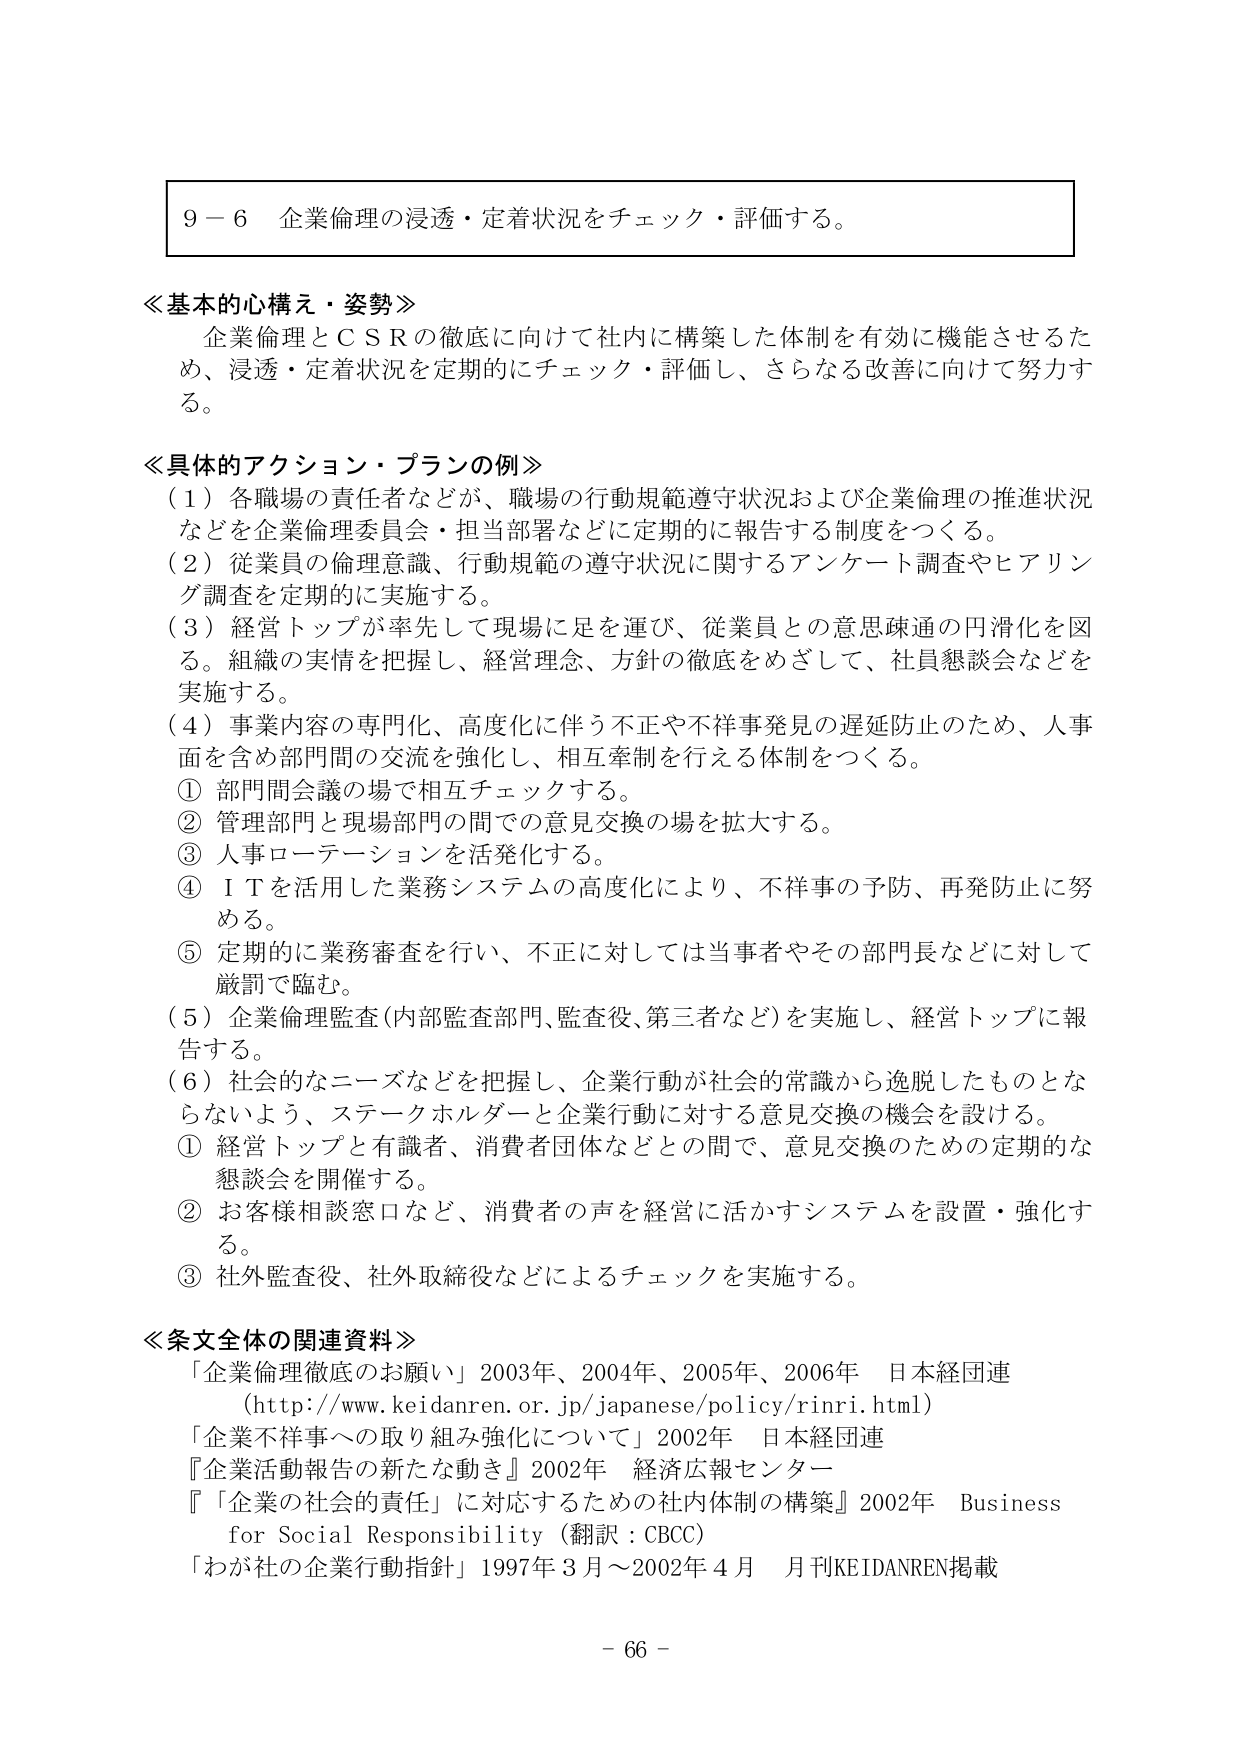
９－６ 企業倫理の浸透・定着状況をチェック・評価する。

≪基本的心構え・姿勢≫
企業倫理とＣＳＲの徹底に向けて社内に構築した体制を有効に機能させるため、浸透・定着状況を定期的にチェック・評価し、さらなる改善に向けて努力する。

≪具体的アクション・プランの例≫
（１）各職場の責任者などが、職場の行動規範遵守状況および企業倫理の推進状況などを企業倫理委員会・担当部署などに定期的に報告する制度をつくる。
（２）従業員の倫理意識、行動規範の遵守状況に関するアンケート調査やヒアリング調査を定期的に実施する。
（３）経営トップが率先して現場に足を運び、従業員との意思疎通の円滑化を図る。組織の実情を把握し、経営理念、方針の徹底をめざして、社員懇談会などを実施する。
（４）事業内容の専門化、高度化に伴う不正や不祥事発見の遅延防止のため、人事面を含め部門間の交流を強化し、相互牽制を行える体制をつくる。
　① 部門間会議の場で相互チェックする。
　② 管理部門と現場部門の間での意見交換の場を拡大する。
　③ 人事ローテーションを活発化する。
　④ ＩＴを活用した業務システムの高度化により、不祥事の予防、再発防止に努める。
　⑤ 定期的に業務審査を行い、不正に対しては当事者やその部門長などに対して厳罰で臨む。
（５）企業倫理監査（内部監査部門、監査役、第三者など）を実施し、経営トップに報告する。
（６）社会的なニーズなどを把握し、企業行動が社会的常識から逸脱したものとならないよう、ステークホルダーと企業行動に対する意見交換の機会を設ける。
　① 経営トップと有識者、消費者団体などとの間で、意見交換のための定期的な懇談会を開催する。
　② お客様相談窓口など、消費者の声を経営に活かすシステムを設置・強化する。
　③ 社外監査役、社外取締役などによるチェックを実施する。

≪条文全体の関連資料≫
「企業倫理徹底のお願い」2003年、2004年、2005年、2006年 日本経団連
（http://www.keidanren.or.jp/japanese/policy/rinri.html）
「企業不祥事への取り組み強化について」2002年 日本経団連
『企業活動報告の新たな動き』2002年 経済広報センター
『「企業の社会的責任」に対応するための社内体制の構築』2002年 Business for Social Responsibility（翻訳：CBCC）
「わが社の企業行動指針」1997年３月～2002年４月 月刊KEIDANREN掲載

－ 66 －